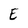
Character: E